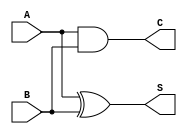
module half_adder (
    input wire A,   // First input bit
    input wire B,   // Second input bit
    output wire S,  // Sum output
    output wire C   // Carry output
);

// Logic for Sum output using XOR gate
assign S = A ^ B;  // S = A  B

// Logic for Carry output using AND gate
assign C = A & B;  // C = A  B

endmodule